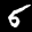
Label: 5